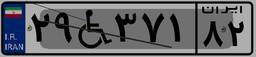
۲۹W۳۷۱۸۲